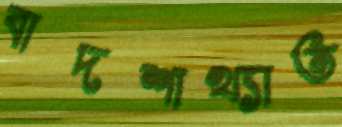
বাদশাখ্যাত